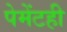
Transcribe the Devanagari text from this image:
पेमेंटही